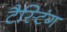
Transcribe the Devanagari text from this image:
टैस्टिंग